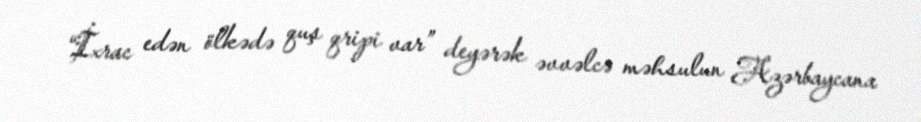
“İxrac edən ölkədə quş qripi var” deyərək əvvəlcə məhsulun Azərbaycana